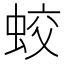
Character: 蛟